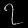
Digit: ၇